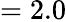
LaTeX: =2.0